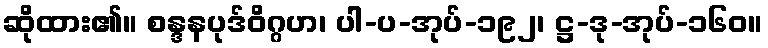
ဆိုထား၏။ စန္ဒနပုဒ်ဝိဂ္ဂဟ၊ ပါ-ပ-အုပ်-၁၉၂၊ ဋ္ဌ-ဒု-အုပ်-၁၆၀။